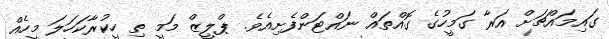
ގައިމައްޗަށް އަރާ ގަމީހުގެ ގޮއްތައް ނައްޓަންފެށިއެވެ. ޕްލީޒް މަމީ ތި ހީކުރާކަހަލަ މީހެއް